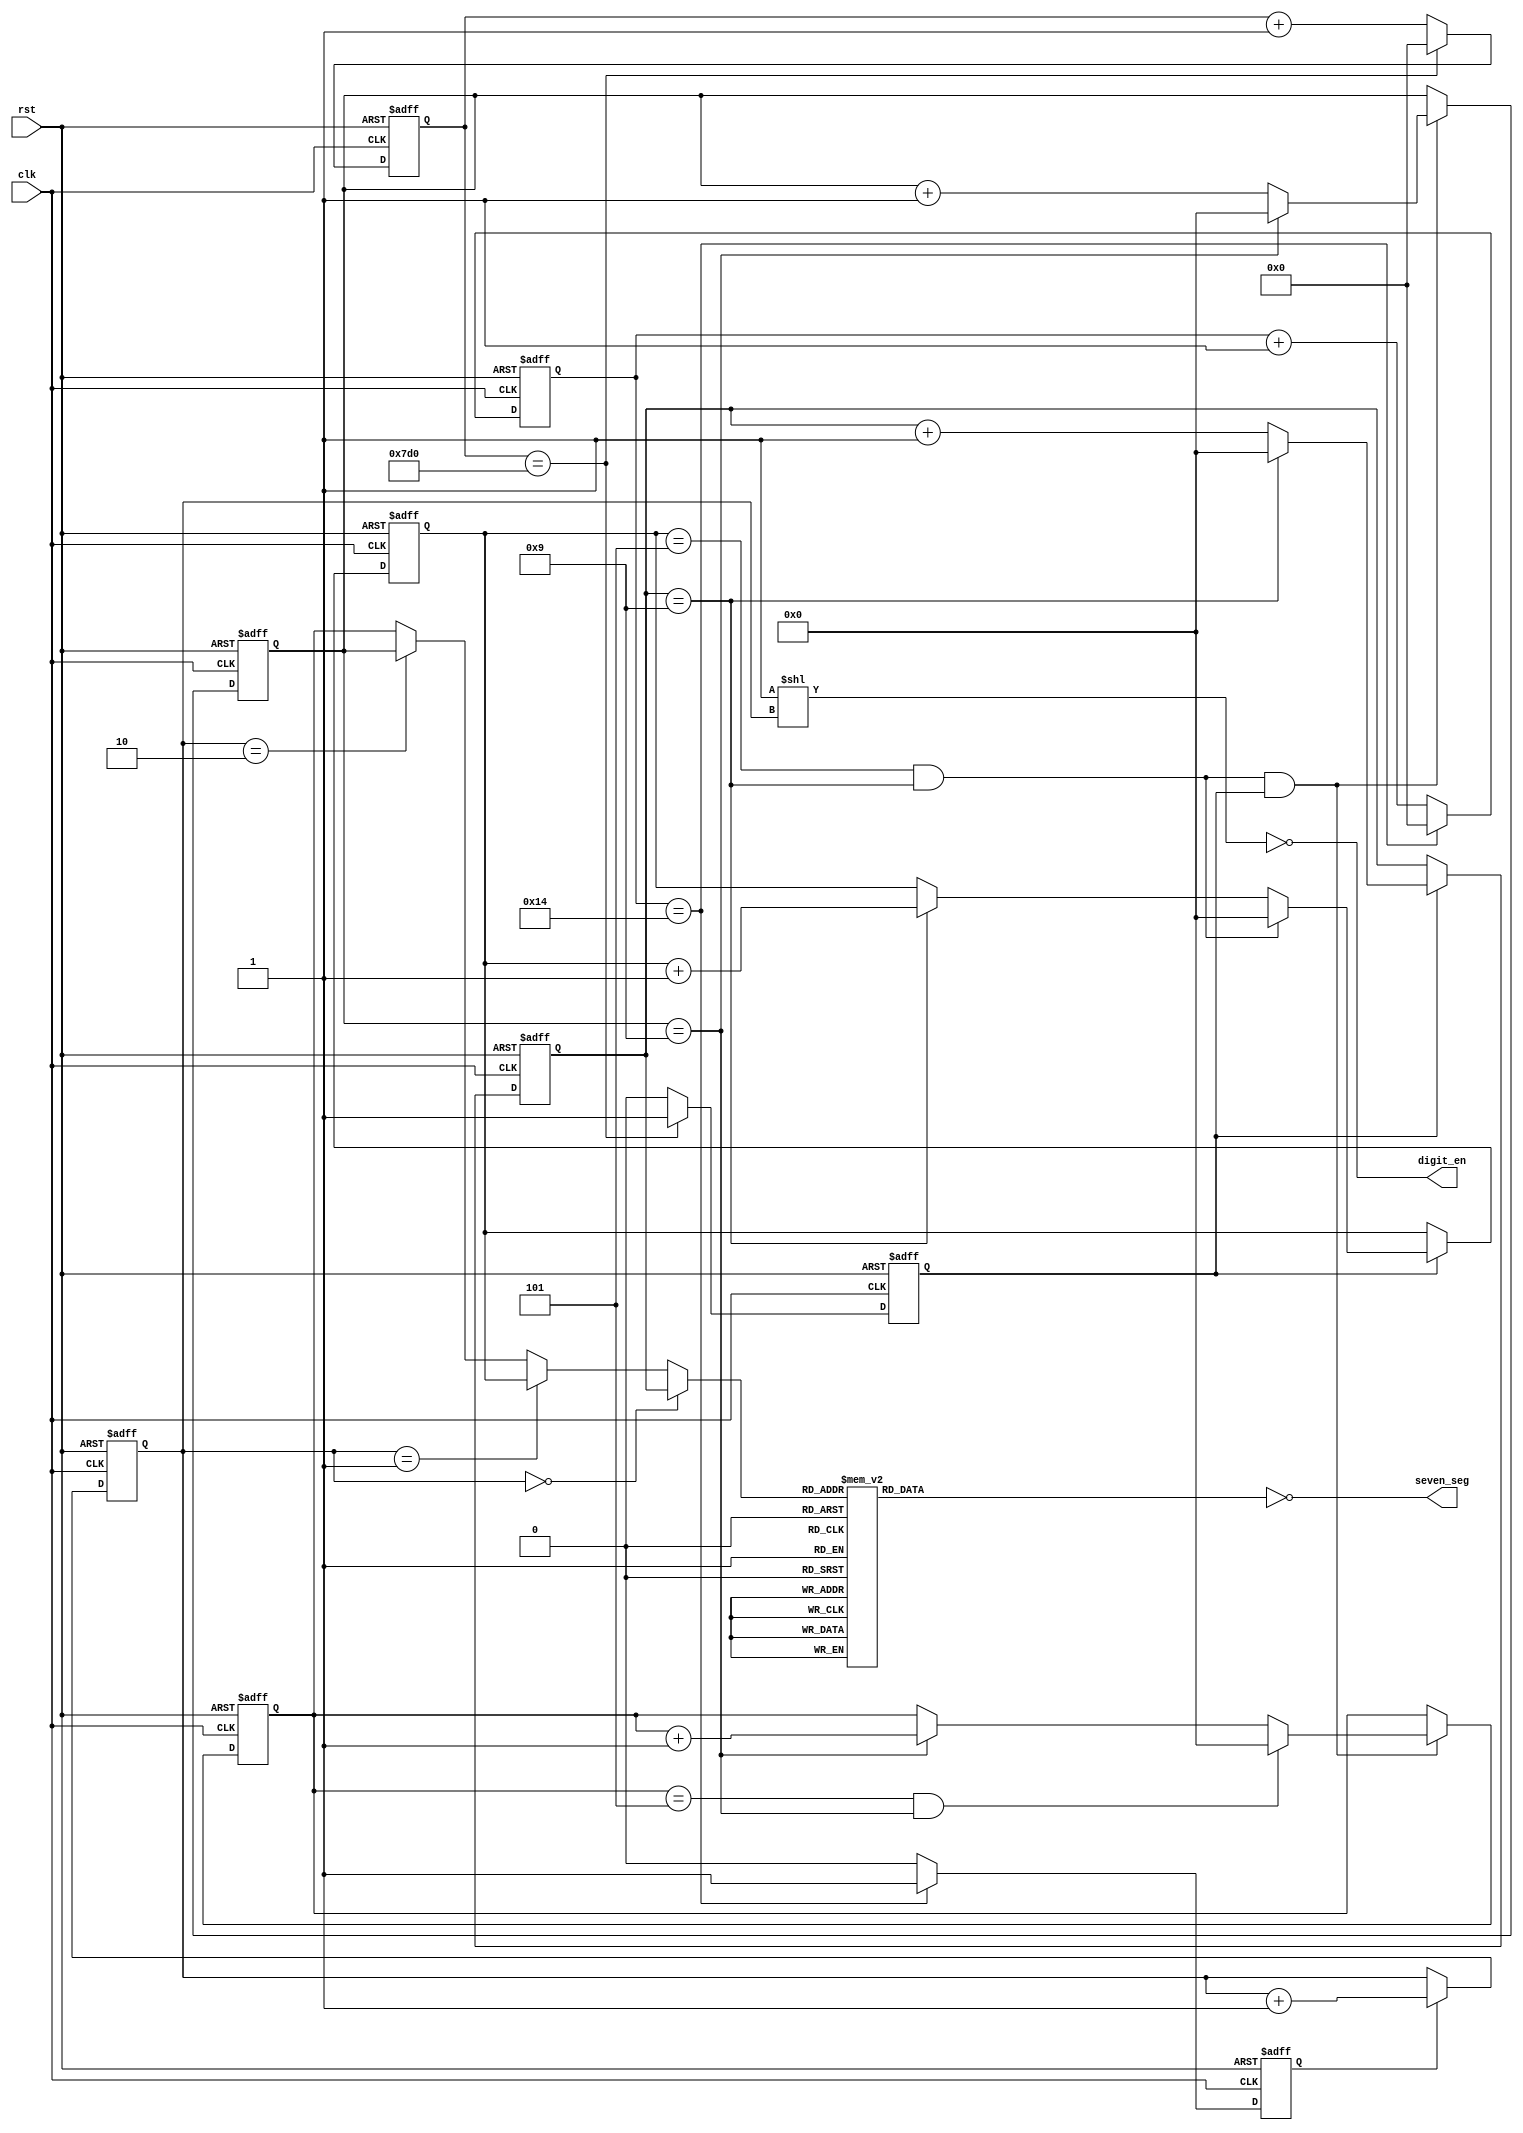
/*
    A simple user's project example - Part 1
    Minutes and Seconds clock. The design drives 4 multiplexed 7-Segment display digits.
    It uses Caravel system clock and reset and 11 I/O pads. 
    The 11 I/O pads are divided between 4 digit enables and 7 segment drivers.
    The RTL supports:
     - Common Anode (CC=0) or Common Cathode (CC=1) multiplexed display
     - Different clock frequencies (FREQ in Hertz)
     - Different scans by sec (SCAN_PER_SEC)
*/

module Clock_part1 #(parameter  CC = 1,
                                FREQ = 2_000,
                                SCAN_PER_SEC = 25) 
(
    input   wire        clk,
    input   wire        rst,
    output  wire [7:0]  seven_seg,
    output  wire [3:0]  digit_en     
);
    localparam DIG_DURATION = (FREQ)/(4 * SCAN_PER_SEC);

    // the counter
    reg [3:0]   sec_ones, sec_tens;
    reg [3:0]   min_ones, min_tens;
    wire        nine_sec        = (sec_ones == 4'd9);
    wire        fifty_nine_sec  = (sec_tens == 4'd5) & nine_sec;
    wire        nine_min        = (min_ones == 4'd9);
    wire        fifty_nine_min  = (min_tens == 4'd5) & nine_min;
    
    // Time Base Generators
    reg         sec;
    reg         scan;

    reg [31:0]  sec_div;
    reg [31:0]  scan_div;
    
    always @(posedge clk or posedge rst) begin
        if(rst)
            sec_div <= 32'b0;
        else if(sec_div == FREQ)
            sec_div <= 32'b0;
        else
            sec_div <= sec_div + 32'b1;
    end

    always @(posedge clk or posedge rst) begin
        if(rst)
            scan_div <= 32'b0;
        else if(scan_div == DIG_DURATION)
            scan_div <= 32'b0;
        else
            scan_div <= scan_div + 32'b1;
    end

    always @(posedge clk or posedge rst) begin
        if(rst)
            sec <= 1'b0;
        else if(sec_div == FREQ)
            sec <= 1'b1;
        else 
            sec <= 1'b0;
    end

    always @(posedge clk or posedge rst) begin
        if(rst)
            scan <= 1'b0;
        else if(scan_div == DIG_DURATION)
            scan <= 1'b1;
        else 
            scan <= 1'b0;
    end


    // Seconds Counters
    always @(posedge clk or posedge rst)
        if(rst) 
            sec_ones <=  4'b0;
        else if(sec) begin
            if(!nine_sec) 
                sec_ones <= sec_ones + 4'd1;
            else 
                sec_ones <= 0;
        end

    always @(posedge clk or posedge rst)
        if(rst) 
            sec_tens <=  4'b0;
        else if(sec) begin 
            if(fifty_nine_sec) 
                sec_tens <= 0;
            else if(nine_sec) 
                sec_tens <= sec_tens + 4'd1;
        end

    // Minutes Counters
    always @(posedge clk or posedge rst)
        if(rst) 
            min_ones <=  4'b0;
        else if(fifty_nine_sec & sec) begin
            if(!nine_min)
                min_ones <= min_ones + 4'd1;
            else
                min_ones <= 0;
        end

    always @(posedge clk or posedge rst)
        if(rst) 
            min_tens <=  4'b0;
        else if(fifty_nine_sec & sec) begin
            if(fifty_nine_min) 
                min_tens <= 0;
            else if(nine_min) 
                min_tens <= min_tens + 4'd1;
        end
    
    
        // Display TDM
        reg [1:0] dig_cnt;
        always @(posedge clk or posedge rst) begin
            if(rst)
                dig_cnt <= 2'b0;
            else
                if(scan) dig_cnt <= dig_cnt + 1'b1;
        end

        wire [3:0]  bcd_mux =   (dig_cnt == 2'b00) ? sec_ones :
                                (dig_cnt == 2'b01) ? sec_tens :
                                (dig_cnt == 2'b10) ? min_ones : min_tens;

        // BCD to 7SEG Decoder
        reg [7:0]   ca_7seg;
        wire[7:0]   cc_7seg = ~ ca_7seg;
        always @* begin
            ca_7seg = 7'b0000000;
            case(bcd_mux)
                4'd0 : ca_7seg = 7'b0000001;
                4'd1 : ca_7seg = 7'b1001111;
                4'd2 : ca_7seg = 7'b0010010;
                4'd3 : ca_7seg = 7'b0000110;
                4'd4 : ca_7seg = 7'b1001100;
                4'd5 : ca_7seg = 7'b0100100;
                4'd6 : ca_7seg = 7'b0100000;
                4'd7 : ca_7seg = 7'b0001111;
                4'd8 : ca_7seg = 7'b0000000;
                4'd9 : ca_7seg = 7'b0000100;
            endcase
        end

        generate
            if(CC==0) begin
                assign seven_seg    =   ca_7seg;
                assign digit_en     =   (4'b1 << dig_cnt);
            end else begin
                assign seven_seg    =   cc_7seg;
                assign digit_en     =   ~(4'b1 << dig_cnt);
            end
        endgenerate

endmodule